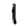
Digit: 1